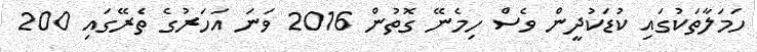
ހަމަލާތަކުގައި ކުޑަކުދީން ވެސް ހިމެނޭ ގޮތުން 2016 ވަނަ އަހަރުގެ ތެރޭގައި 200